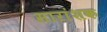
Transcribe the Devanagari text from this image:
सारांशक